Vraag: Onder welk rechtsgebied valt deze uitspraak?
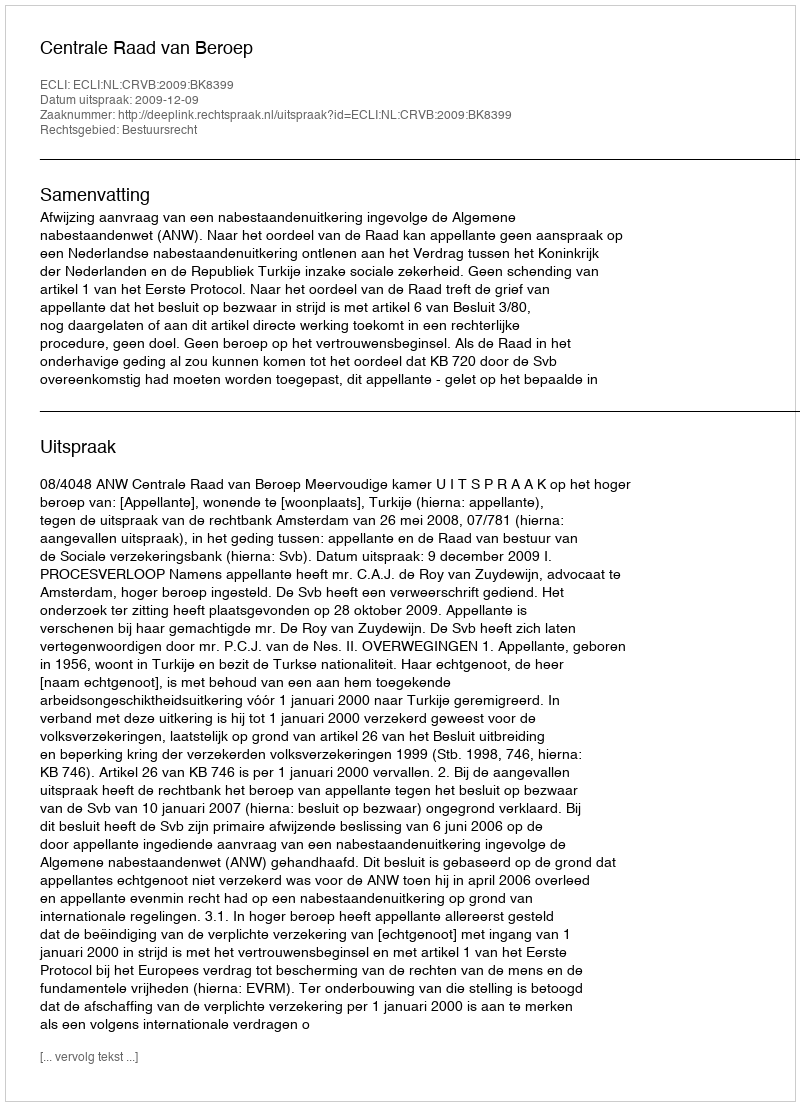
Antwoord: Bestuursrecht